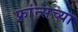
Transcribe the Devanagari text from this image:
फ्रांन्सच्या